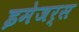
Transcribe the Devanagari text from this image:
इमेजर्स